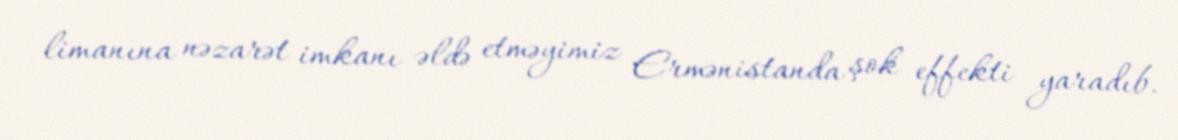
limanına nəzarət imkanı əldə etməyimiz Ermənistanda şok effekti yaradıb.